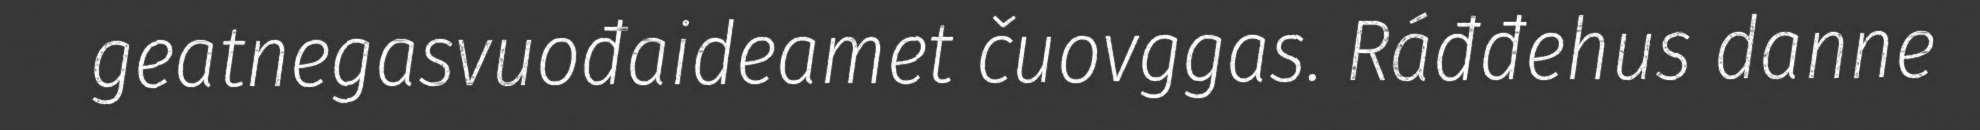
geatnegasvuođaideamet čuovggas. Ráđđehus danne